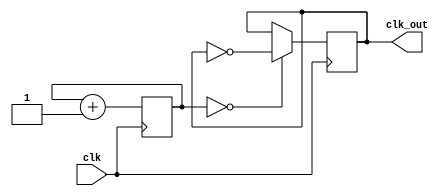
module clk_div_mine(
	input wire clk,
	output reg clk_out
);

	reg [13:0] temp;

	always @(posedge clk) begin
		temp <= temp + 1;
		if (temp == 0) begin
			clk_out <= ~clk_out;
		end
	end

endmodule